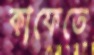
কাফেতে